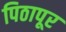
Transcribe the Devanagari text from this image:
पिठापूर